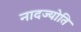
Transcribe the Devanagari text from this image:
नादज्योति